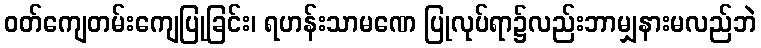
ဝတ်ကျေတမ်းကျေပြုခြင်း၊ ရဟန်းသာမဏေ ပြုလုပ်ရာ၌လည်းဘာမျှနားမလည်ဘဲ